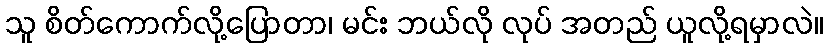
သူ စိတ်ကောက်လို့ပြောတာ၊ မင်း ဘယ်လို လုပ် အတည် ယူလို့ရမှာလဲ။